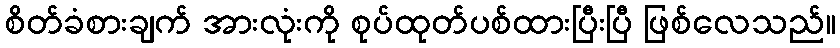
စိတ်ခံစားချက် အားလုံးကို စုပ်ထုတ်ပစ်ထားပြီးပြီ ဖြစ်လေသည်။